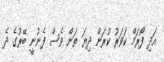
އަދި ފޯރަމް ކަވަރު ކުރަން ދިޔަ ތަން ވެސް ފެނުނީ ބޭރުގެ ދެ